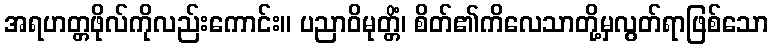
အရဟတ္တဖိုလ်ကိုလည်းကောင်း။ ပညာဝိမုတ္တိံ၊ စိတ်၏ကိလေသာတို့မှလွတ်ရာဖြစ်သော